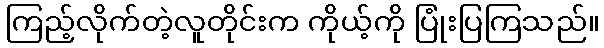
ကြည့်လိုက်တဲ့လူတိုင်းက ကိုယ့်ကို ပြုံးပြကြသည်။